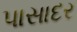
પાસાદર